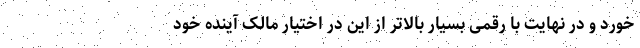
خورد و در نهایت با رقمی بسیار بالاتر از این در اختیار مالک آینده خود